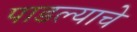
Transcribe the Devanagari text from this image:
पाडल्याचे